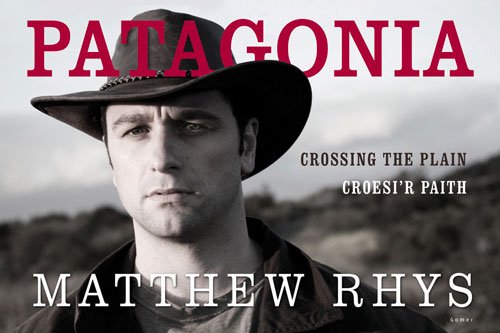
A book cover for Patagonia: Croesi'r Paith / Crossing the Plain; Matthew Rhys; Travel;